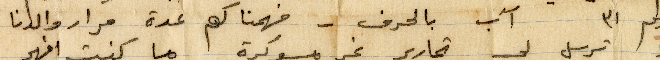
رقم ٣١ آب بالحرف - فهمنا كم عدة مرار والدنا